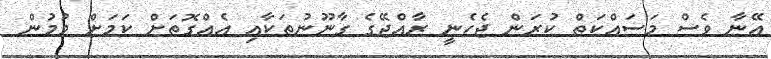
އޭނާ ވެސް މަސައްކަތް ކުރަން ޖެހެނީ ރާއްޖޭގެ ގާނޫނުތަކާއި އެއްގޮތަށް ކަމަށް ވުމުން